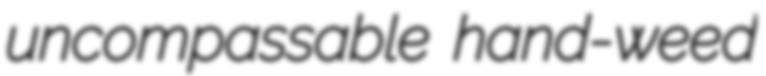
uncompassable hand-weed